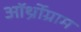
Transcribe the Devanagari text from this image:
ऑर्थ्रोग्राम